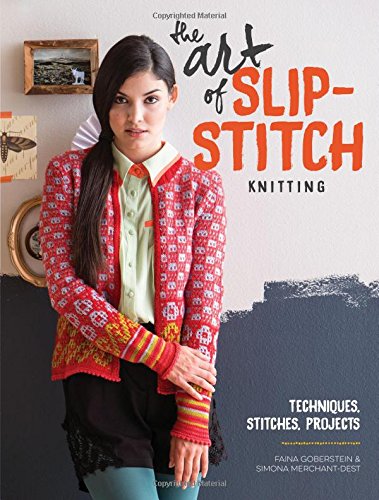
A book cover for The Art Of Slip-Stitch Knitting: Techniques, Stitches, Projects; Faina Goberstein; Crafts, Hobbies & Home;